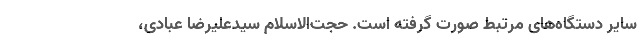
سایر دستگاه‌های مرتبط صورت گرفته است. حجت‌الاسلام سیدعلیرضا عبادی،